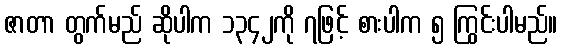
ဇာတာ တွက်မည် ဆိုပါက ၁၃၄၂ကို ၇ဖြင့် စားပါက ၅ ကြွင်းပါမည်။